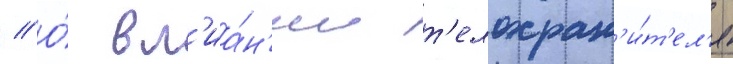
// О́ вл'иа́н'ии т'елохран'и́т'ел'я